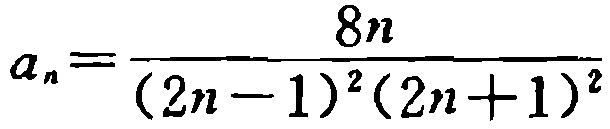
\[a_{n}=\frac{8n}{(2n - 1)^{2}(2n + 1)^{2}}\]